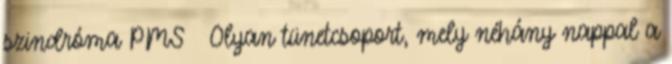
szindróma PMS  Olyan tünetcsoport, mely néhány nappal a